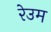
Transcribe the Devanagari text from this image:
रेउम